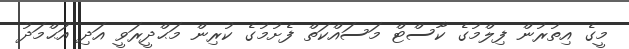
މީގެ އިތުރުން ފިލްމުގެ ކާސްޓް މަސައްކަތް ފެށުމުގެ ކުރިން މަޙްދީރަވީ އަދި އަޙްމަދު